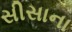
સીસાના